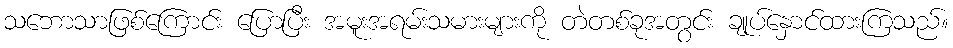
သဘောသာဖြစ်ကြောင်း ပြောပြီး အမူးအရမ်းသမားများကို တဲတစ်ခုအတွင်း ချုပ်နှောင်ထားကြသည်။